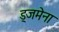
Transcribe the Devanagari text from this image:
ड्जमेना